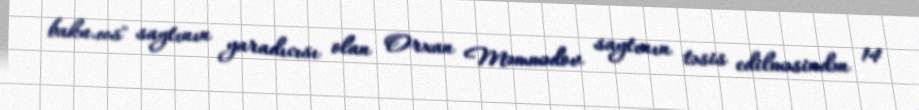
baku.ws" saytının yaradıcısı olan Orxan Məmmədov saytının təsis edilməsindən 14